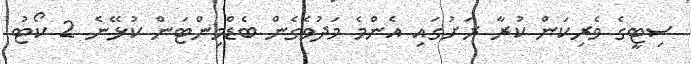
ސިޓީގެ ވެރިކަން ކުރާ ރަށުގައި އެންމެ މަދުވެގެން ބެޑްމިންޓަން ކުޅޭނެ 2 ކޯޓު